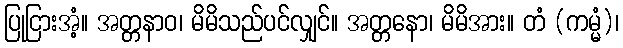
ပြုငြားအံ့။ အတ္တနာဝ၊ မိမိသည်ပင်လျှင်။ အတ္တနော၊ မိမိအား။ တံ (ကမ္မံ)၊